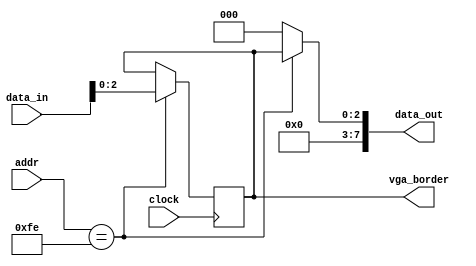
module port(

    input  wire        clock,
    input  wire [15:0] addr,
    input  wire [7:0]  data_in,
    output wire [7:0]  data_out,
    
    output reg [2:0]   vga_border
    
);

initial begin

    vga_border = 3'b111; //      

end

// ----------------------------------------------------
assign data_out = 

    //     VGA
    (addr == 16'h00FE) ? vga_border : 1'b0;

//       
// ----------------------------------------------------
always @(negedge clock) begin

    case (addr)

        // ...    ( ) --> 16'h00FF
        16'h00FE: vga_border[2:0] <= data_in[2:0];

    endcase

end

endmodule